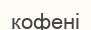
кофені